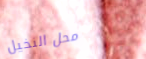
محل النخيل